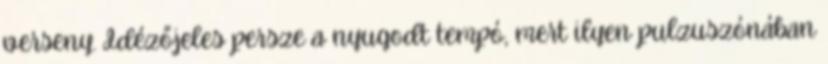
verseny. Idézőjeles persze a nyugodt tempó, mert ilyen pulzuszónában